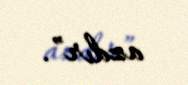
azdır”.